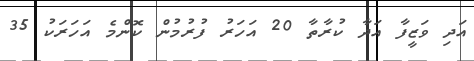
އަދި ވަޒީފާ އަދާ ކުރާތާ 20 އަހަރު ފުރުމުން ކޮންމެ އަހަރަކު 35